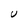
Character: U